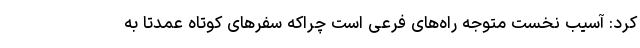
کرد: آسیب نخست متوجه راه‌های فرعی است چراکه سفرهای کوتاه عمدتا به